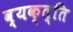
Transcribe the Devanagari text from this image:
व्यक्त्ति